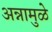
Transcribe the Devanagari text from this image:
अन्नामुळे